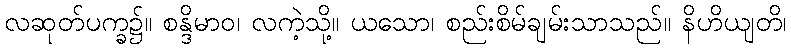
လဆုတ်ပက္ခ၌။ စန္ဒိမာဝ၊ လကဲ့သို့။ ယသော၊ စည်းစိမ်ချမ်းသာသည်။ နိဟိယျတိ၊